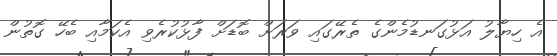
އެ ހިޔާލު އަޅުގަނޑުމެންގެ ތެރޭގައި ވަރަށް ބޮޑަށް ފާޅުކުރެވި އެކަމާއި ބެހޭ ގޮތުން